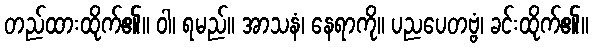
တည်ထားထိုက်၏။ ဝါ၊ ရမည်။ အာသနံ၊ နေရာကို။ ပညပေတဗ္ဗံ၊ ခင်းထိုက်၏။